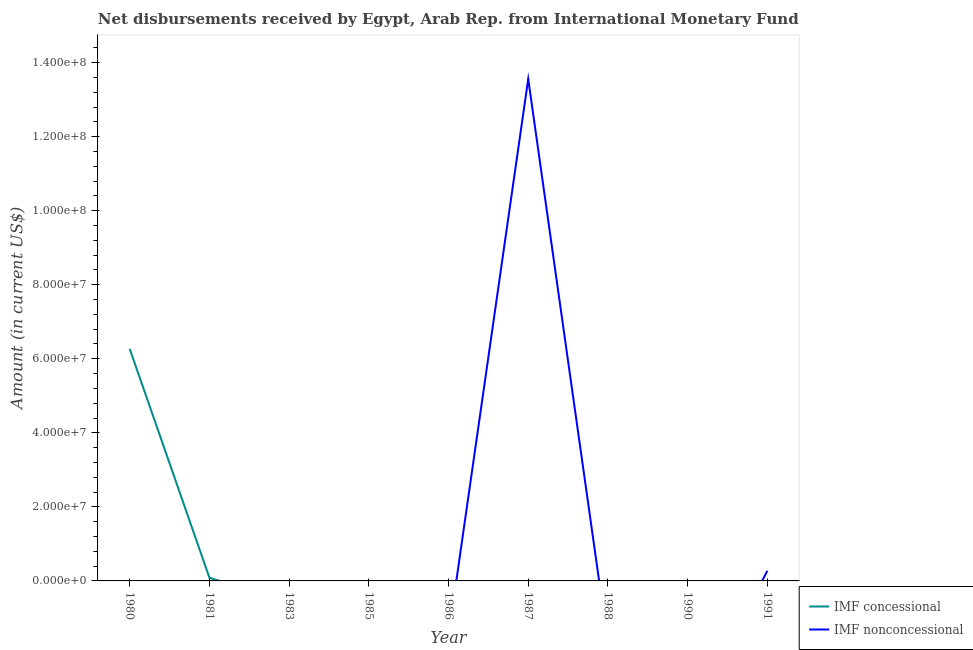
| Year | IMF concessional | IMF nonconcessional |
 | --- | --- | --- |
 | 1980 | 6.26e+07 | -1.03e+08 |
 | 1981 | 8.38e+05 | -9.19e+07 |
 | 1983 | -5.63e+06 | -2.9e+06 |
 | 1985 | -3.14e+07 | -1.2e+07 |
 | 1986 | -4.3e+07 | -1.47e+07 |
 | 1987 | -4.79e+07 | 1.36e+08 |
 | 1988 | -4.21e+07 | -1.68e+07 |
 | 1990 | -7.76e+06 | -3.94e+07 |
 | 1991 | -9.72e+05 | 2.74e+06 |